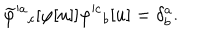
LaTeX: \widetilde \varphi ^ { a } { } _ { c } [ \varphi [ u ] ] \varphi ^ { c } { } _ { b } [ u ] = \delta _ { b } ^ { a } .